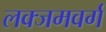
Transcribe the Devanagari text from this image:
लक्जमवर्ग